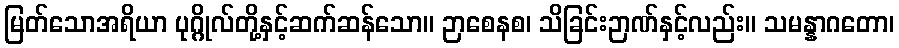
မြတ်သောအရိယာ ပုဂ္ဂိုလ်တို့နှင့်ဆက်ဆန်သော။ ဉာစေနစ၊ သိခြင်းဉာဏ်နှင့်လည်း။ သမန္နာဂတော၊